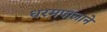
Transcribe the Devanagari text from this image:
धरमपालाने